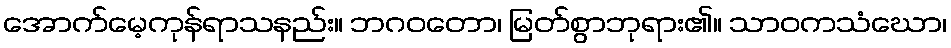
အောက်မေ့ကုန်ရာသနည်း။ ဘဂဝတော၊ မြတ်စွာဘုရား၏။ သာဝကသံဃော၊